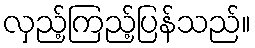
လှည့်ကြည့်ပြန်သည်။